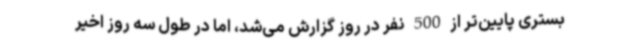
بستری پایین‌تر از 500 نفر در روز گزارش می‌شد، اما در طول سه روز اخیر